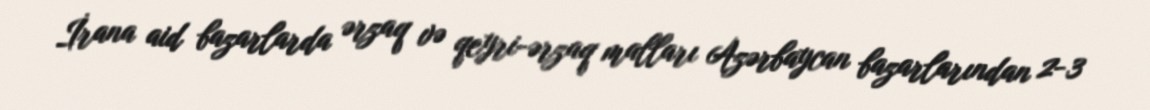
İrana aid bazarlarda ərzaq və qeyri-ərzaq malları Azərbaycan bazarlarından 2-3